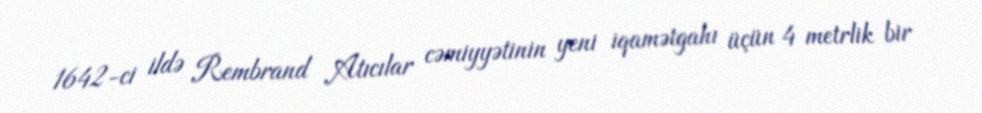
1642-ci ildə Rembrand Atıcılar cəmiyyətinin yeni iqamətgahı üçün 4 metrlik bir